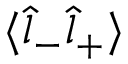
\langle \hat { l } _ { - } \hat { l } _ { + } \rangle